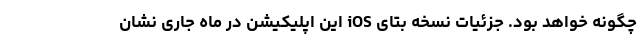
چگونه خواهد بود. جزئیات نسخه بتای iOS این اپلیکیشن در ماه جاری نشان